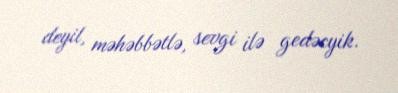
deyil, məhəbbətlə, sevgi ilə gedəcyik.